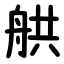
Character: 舼